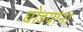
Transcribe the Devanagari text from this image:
घोडयांना